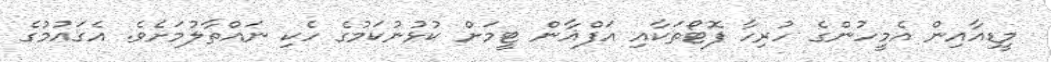
މީޑިއާއިން އެމީހުންގެ ހުރިހާ ފޮޓޯތަކާއި އަފްޣާން ޓީމަށް ކުޅުނުކަމުގެ ހެކި ނައްތާލުމަށެވެ. އެގައުމުގެ